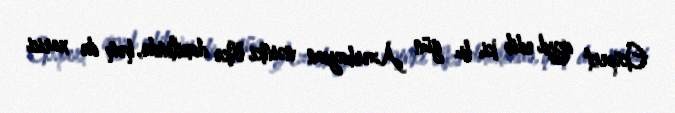
Ekspert qeyd edib ki, bu gün Azərbaycan nəinki ölkə daxilində, həm də xarici